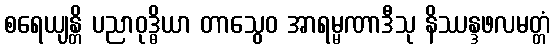
စရေယျန္တိ ပညာဝုဒ္ဓိယာ တာသွေဝ အာရမ္မဏာဒီသု နိဿန္ဒဖလမတ္တံ